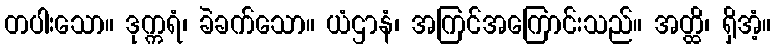
တပါးသော။ ဒုက္ကရံ၊ ခဲခက်သော။ ယံဌာနံ၊ အကြင်အကြောင်းသည်။ အတ္ထိ၊ ရှိအံ့။